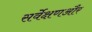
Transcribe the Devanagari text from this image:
सर्वेक्षणऔर